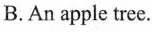
B.An apple tree.